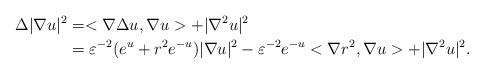
LaTeX: \begin{align*}\Delta|\nabla u|^2&=<\nabla \Delta u, \nabla u>+|\nabla^2u|^2\\ &=\varepsilon^{-2}(e^u+r^2e^{-u})|\nabla u|^2-\varepsilon^{-2}e^{-u}<\nabla r^2,\nabla u>+|\nabla^2 u|^2.\end{align*}